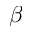
\beta